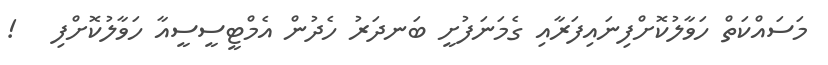
މަސައްކަތް ހަވާލުކޮށްފިނައިފަރާއި ގެމަނަފުށީ ބަނދަރު ހެދުން އެމްޓީސީސީއާ ހަވާލުކޮށްފި   !